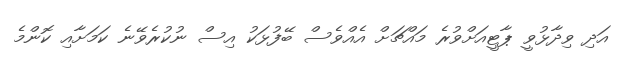
އަދި ވިދާޅުވީ ޕާޓީއަށްވުރެ މައްޗަށް އެއްވެސް ބޭފުޅަކު އިސް ނުކުރެވޭނެ ކަަމަށާއި ކޮންމެ